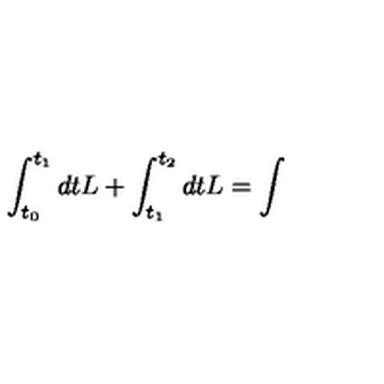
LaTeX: \int _ { t _ { 0 } } ^ { t _ { 1 } } d t L + \int _ { t _ { 1 } } ^ { t _ { 2 } } d t L = \int